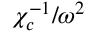
{ \chi _ { c } ^ { - 1 } } / { \omega ^ { 2 } }